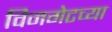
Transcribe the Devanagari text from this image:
विनगेटच्या